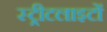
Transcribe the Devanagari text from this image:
स्‍ट्रीटलाइटों